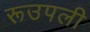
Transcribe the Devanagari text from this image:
रूउपली